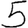
Digit: 5